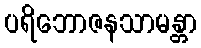
ပရိဘောဇနသာမန္တာ